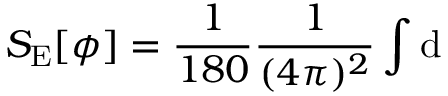
S _ { \mathrm { E } } [ \phi ] = \frac { 1 } { 1 8 0 } \frac { 1 } { ( 4 \pi ) ^ { 2 } } \int \mathrm { d }